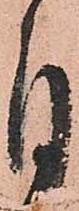
目